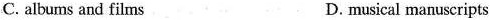
C. albums and films D. musical manuscripts